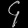
Digit: ၄